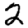
Digit: 2